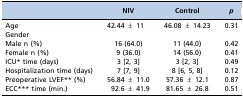
|  | NIV | Control | p |
 | --- | --- | --- | --- |
 | Age | 42.44 ± 11 | 46.08 ± 14.23 | 0.31 |
 | Gender |  |  |  |
 | Male n (%) | 16 (64.0) | 11 (44.0) | 0.42 |
 | Female n (%) | 9 (36.0) | 14 (56.0) | 0.41 |
 | ICU* time (days) | 3 [2, 3] | 3 [2, 3] | 0.49 |
 | Hospitalization time (days) | 7 [7, 9] | 8 [6, 5, 8] | 0.12 |
 | Preoperative LVEF** (%) | 56.84 ± 11.0 | 57.36 ± 12.1 | 0.87 |
 | ECC*** time (min.) | 92.6 ± 41.9 | 81.65 ± 26.8 | 0.51 |